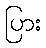
ပြား